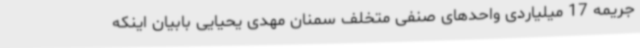
جریمه 17 میلیاردی واحدهای صنفی متخلف سمنان مهدی یحیایی بابیان اینکه